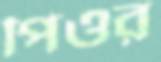
পিওর